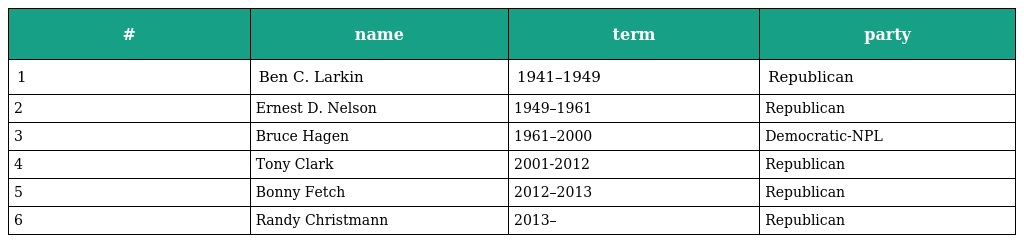
| # | name | term | party |
 | --- | --- | --- | --- |
 | 1 | Ben C. Larkin | 1941–1949 | Republican |
 | 2 | Ernest D. Nelson | 1949–1961 | Republican |
 | 3 | Bruce Hagen | 1961–2000 | Democratic-NPL |
 | 4 | Tony Clark | 2001-2012 | Republican |
 | 5 | Bonny Fetch | 2012–2013 | Republican |
 | 6 | Randy Christmann | 2013– | Republican |